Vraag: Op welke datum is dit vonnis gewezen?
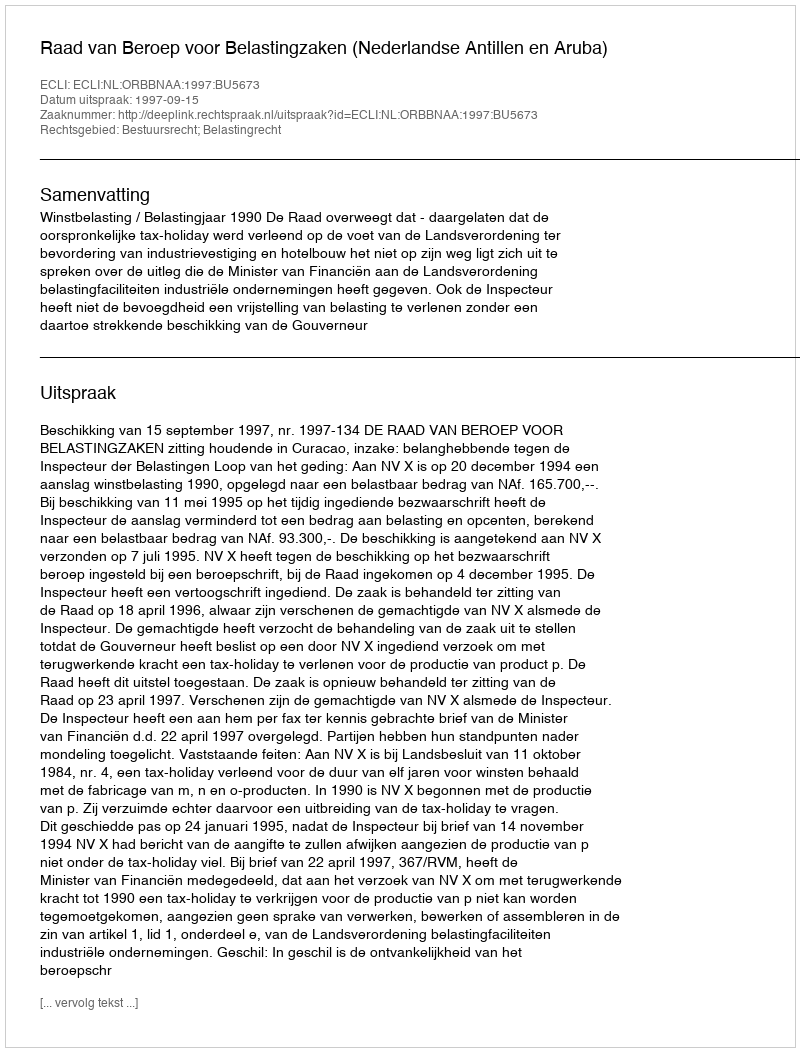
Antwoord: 1997-09-15